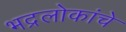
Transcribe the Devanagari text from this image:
भद्रलोकांचे